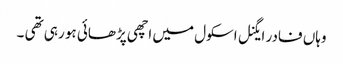
وہاں فادر ایگنل اسکول میں اچھی پڑھائی ہو رہی تھی ۔